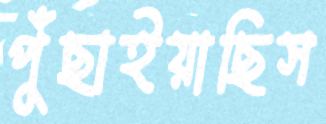
পুঁছাইয়াছিস